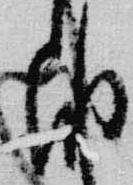
納